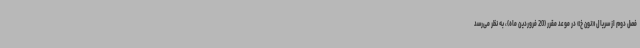
فصل دوم از سریال «نون خ» در موعد مقرر (20 فروردین ماه)، به نظر می‌رسد